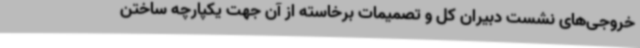
خروجی‌های نشست دبیران کل و تصمیمات برخاسته از آن جهت یکپارچه ساختن